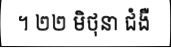
។ ២២ មិថុនា ជំងឺ